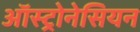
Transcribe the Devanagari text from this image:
ऑस्ट्रोनेसियन